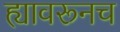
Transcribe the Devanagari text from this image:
ह्यावरूनच